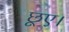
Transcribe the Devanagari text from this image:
छूए।